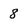
Character: 8